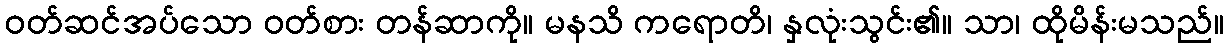
ဝတ်ဆင်အပ်သော ဝတ်စား တန်ဆာကို။ မနသိ ကရောတိ၊ နှလုံးသွင်း၏။ သာ၊ ထိုမိန်းမသည်။